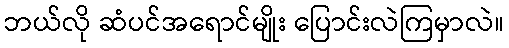
ဘယ်လို ဆံပင်အရောင်မျိုး ပြောင်းလဲကြမှာလဲ။